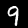
Label: 9